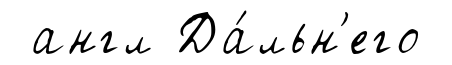
англ Да́льн'его